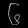
Digit: ၆